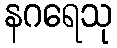
နဂရေသု